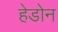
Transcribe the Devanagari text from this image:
हेडोन